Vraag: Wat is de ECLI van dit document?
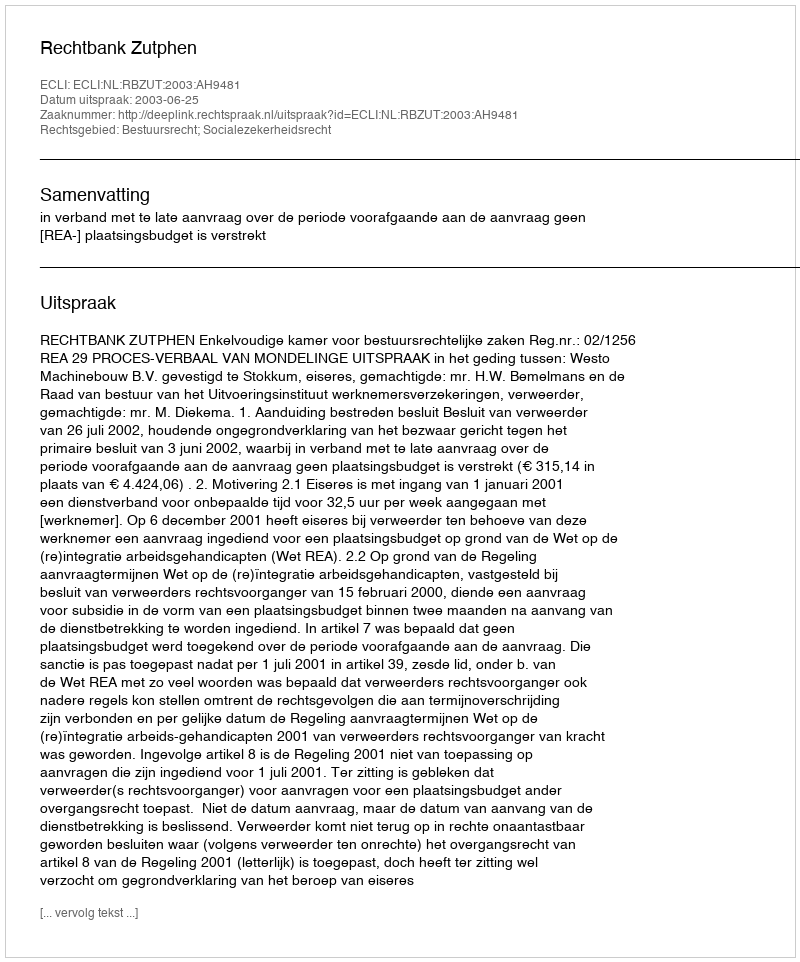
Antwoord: ECLI:NL:RBZUT:2003:AH9481